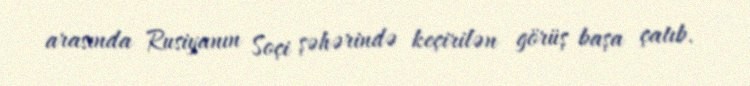
arasında Rusiyanın Soçi şəhərində keçirilən görüş başa çatıb.